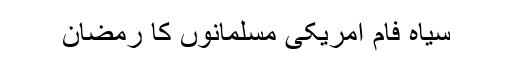
سیاہ فام امریکی مسلمانوں کا رمضان